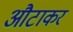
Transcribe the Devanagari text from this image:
औटाकर